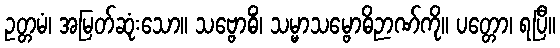
ဥတ္တမံ၊ အမြတ်ဆုံးသော။ သဗ္ဗောဓိံ၊ သမ္မာသမ္ဗောဓိဉာဏ်ကို။ ပတ္တော၊ ရပြီ။